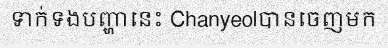
ទាក់ទងបញ្ហានេះ Chanyeolបានចេញមក